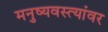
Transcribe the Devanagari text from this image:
मनुष्यवस्त्यांवर